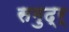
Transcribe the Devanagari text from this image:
समुद्र्